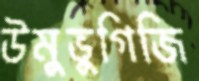
উমুভুগিজি